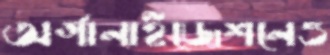
অর্গানাইজেশনেও